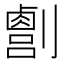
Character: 𫦛